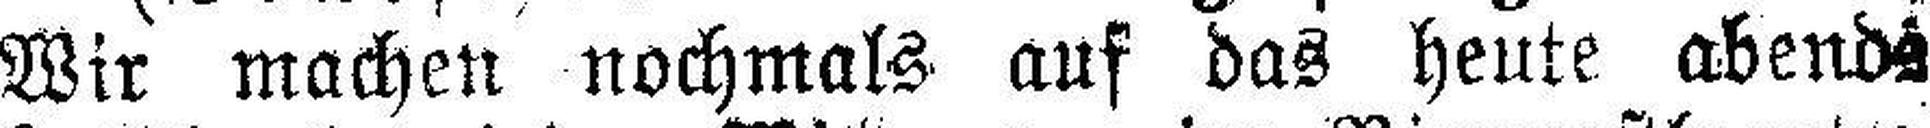
Wir machen nochmals auf das heute abends